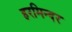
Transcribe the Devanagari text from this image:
हरमिन्दर